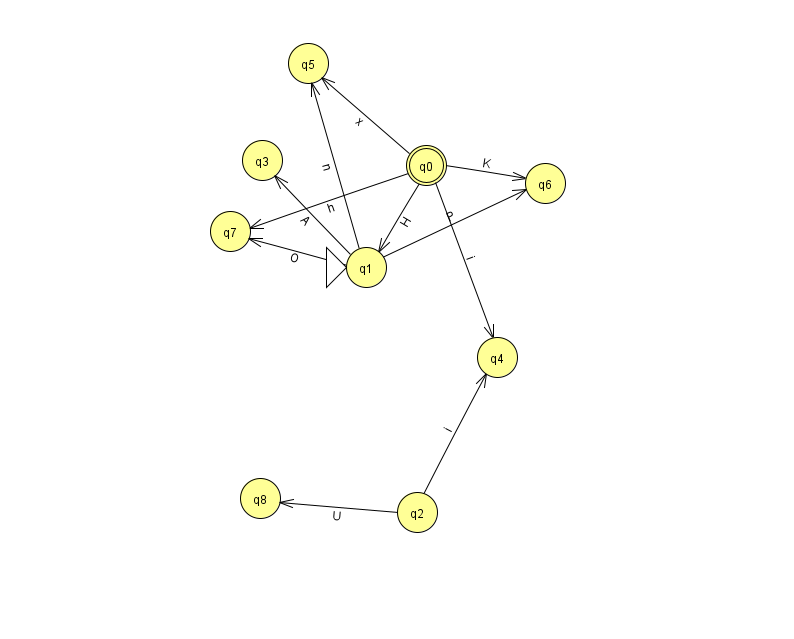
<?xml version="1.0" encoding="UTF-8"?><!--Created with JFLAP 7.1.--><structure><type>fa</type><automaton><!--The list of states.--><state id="0" name="q0"><x>426.0</x><y>152.0</y><final/></state><state id="1" name="q1"><x>366.0</x><y>254.0</y><initial/></state><state id="2" name="q2"><x>417.0</x><y>499.0</y></state><state id="3" name="q3"><x>262.0</x><y>147.0</y></state><state id="4" name="q4"><x>497.0</x><y>344.0</y></state><state id="5" name="q5"><x>308.0</x><y>50.0</y></state><state id="6" name="q6"><x>545.0</x><y>170.0</y></state><state id="7" name="q7"><x>230.0</x><y>218.0</y></state><state id="8" name="q8"><x>260.0</x><y>485.0</y></state><!--The list of transitions.--><transition><from>1</from><to>6</to><read>P</read></transition><transition><from>0</from><to>7</to><read>h</read></transition><transition><from>1</from><to>3</to><read>A</read></transition><transition><from>0</from><to>6</to><read>K</read></transition><transition><from>0</from><to>5</to><read>x</read></transition><transition><from>0</from><to>1</to><read>H</read></transition><transition><from>0</from><to>4</to><read>i</read></transition><transition><from>2</from><to>4</to><read>i</read></transition><transition><from>1</from><to>7</to><read>O</read></transition><transition><from>1</from><to>5</to><read>n</read></transition><transition><from>2</from><to>8</to><read>U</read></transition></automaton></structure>